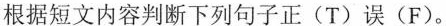
根据短文内容判断下列句子正(T)误(F).